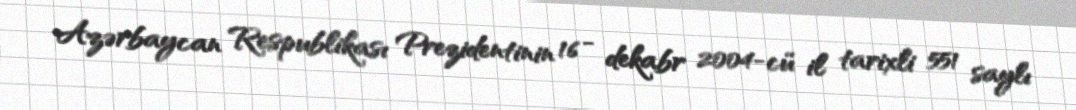
Azərbaycan Respublikası Prezidentinin 16 - dekabr 2004-cü il tarixli 551 saylı